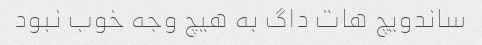
ساندویچ هات داگ به هیچ وجه خوب نبود